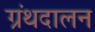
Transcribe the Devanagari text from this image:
ग्रंथदालन